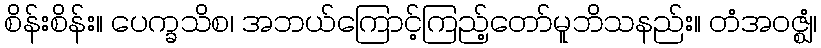
စိန်းစိန်း။ ပေက္ခသိစ၊ အဘယ်ကြောင့်ကြည့်တော်မူဘိသနည်း။ တံအဝဇ္ဈံ၊